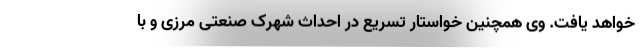
خواهد یافت. وی همچنین خواستار تسریع در احداث شهرک صنعتی مرزی و با